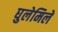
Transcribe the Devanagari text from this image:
घुलेमिले